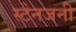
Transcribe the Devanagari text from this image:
स्टेनजनी